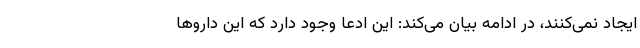
ایجاد نمی‌کنند، در ادامه بیان می‌کند: این ادعا وجود دارد که این داروها